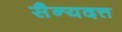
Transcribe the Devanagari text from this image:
सैन्यदत्त